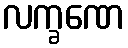
လက္ခဏေ